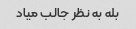
بله به نظر جالب میاد